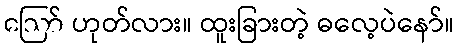
ဪ ဟုတ်လား။ ထူးခြားတဲ့ ဓလေ့ပဲနော်။